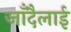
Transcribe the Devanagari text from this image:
जाँदैलाई